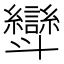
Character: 㪻